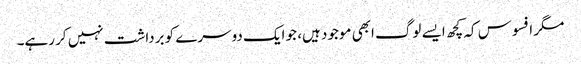
مگر افسوس کہ کچھ ایسے لوگ ابھی موجود ہیں، جو ایک دوسرے کو برداشت نہیں کر رہے۔